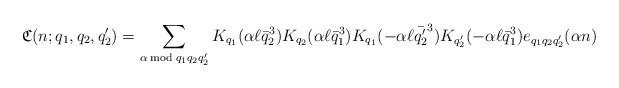
\begin{align*}\mathfrak{C}(n;q_1,q_2,q_2')=\sum_{\alpha\bmod{q_1q_2q_2'}}K_{q_1}(\alpha\ell\bar{q}_2^3)K_{q_2}(\alpha\ell\bar{q}_1^3)K_{q_1}(-\alpha\ell\bar{q_2'}^3)K_{q_2'}(-\alpha\ell\bar{q}_1^3)e_{q_1q_2q_2'}(\alpha n)\end{align*}